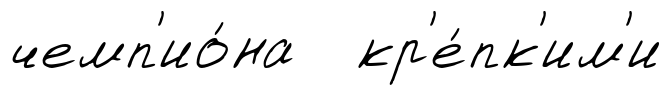
чемп'ио́на кр'е́пк'им'и